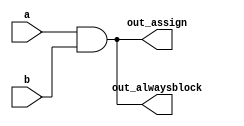
module top_module(
    input a, 
    input b,
    output wire out_assign,
    output reg out_alwaysblock
);

    // Using assign statement
    assign out_assign = a & b;

    // Using always block
    always @(*) begin
        out_alwaysblock = a & b;
    end

endmodule